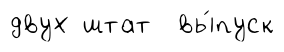
двух штат вы́пуск